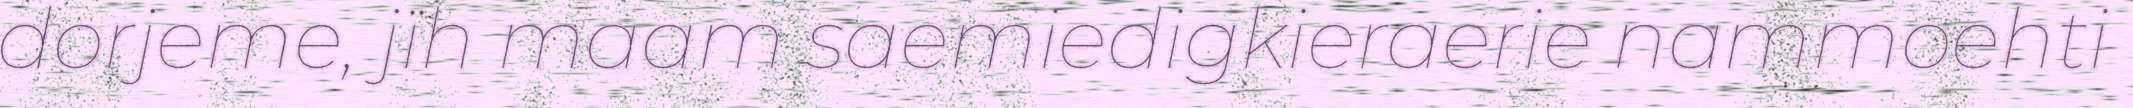
dorjeme, jïh maam saemiedigkieraerie nammoehti